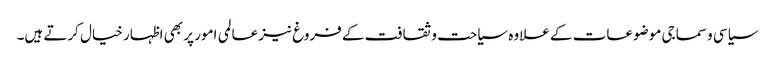
سیاسی و سماجی موضوعات کے علاوہ سیاحت و ثقافت کے فروغ نیز عالمی امور پر بھی اظہار خیال کرتے ہیں۔